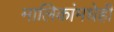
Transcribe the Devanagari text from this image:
मालिकांमधेही